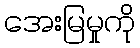
အေးမြမှုကို